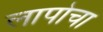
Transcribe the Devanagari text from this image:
लापोचा